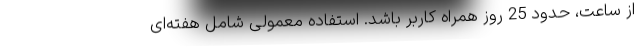
از ساعت، حدود 25 روز همراه کاربر باشد. استفاده معمولی شامل هفته‌ای